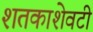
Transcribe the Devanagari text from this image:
शतकाशेवटी